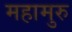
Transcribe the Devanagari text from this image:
महामुरु